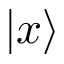
| x \rangle